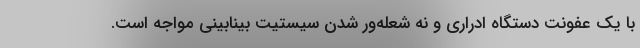
با یک عفونت دستگاه ادراری و نه شعله‌ور شدن سیستیت بینابینی مواجه است.